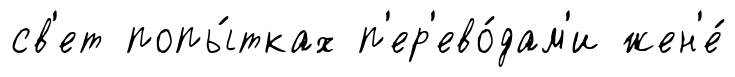
св'ет попы́тках п'ер'ево́дам'и жен'е́